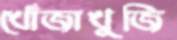
খোঁজাখুজি